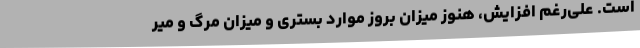
است. علی‌رغم افزایش، هنوز میزان بروز موارد بستری و میزان مرگ و میر